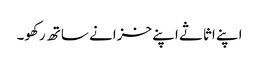
اپنے اثاثے اپنے خزانے ساتھ رکھو۔